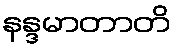
နန္ဒမာတာတိ